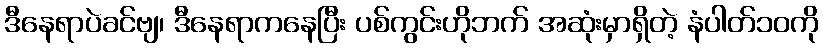
ဒီနေရာပဲခင်ဗျ၊ ဒီနေရာကနေပြီး ပစ်ကွင်းဟိုဘက် အဆုံးမှာရှိတဲ့ နံပါတ်၁၀ကို